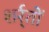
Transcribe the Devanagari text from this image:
शर्र्तों